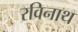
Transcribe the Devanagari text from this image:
रविनाथ